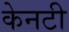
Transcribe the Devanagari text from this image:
केनटी